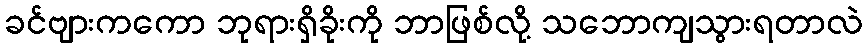
ခင်ဗျားကကော ဘုရားရှိခိုးကို ဘာဖြစ်လို့ သဘောကျသွားရတာလဲ